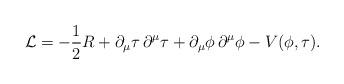
LaTeX: \begin{align*}{\cal{L}} =-\frac{1}{2}R + \partial_{\mu}\tau\,\partial^{\mu}\tau+ \partial_{\mu}\phi\,\partial^{\mu}\phi-V(\phi,\tau).\end{align*}